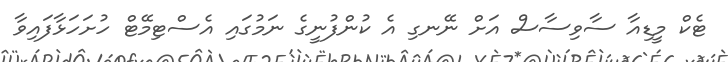
ޓެކް މީޑިއާ ސާވިސާސް އަށް ނޭނގި އެ ކުންފުނީގެ ނަމުގައި އެސްޓިމޭޓް ހުށަހަޅާފައިވާ